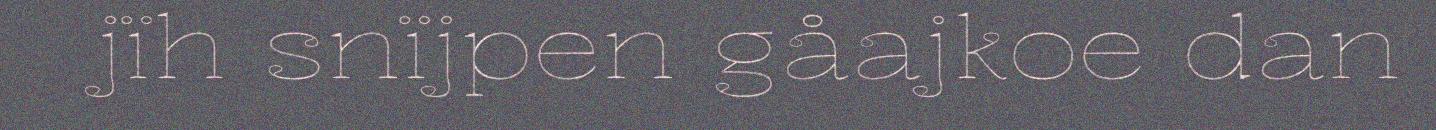
jïh snïjpen gåajkoe dan